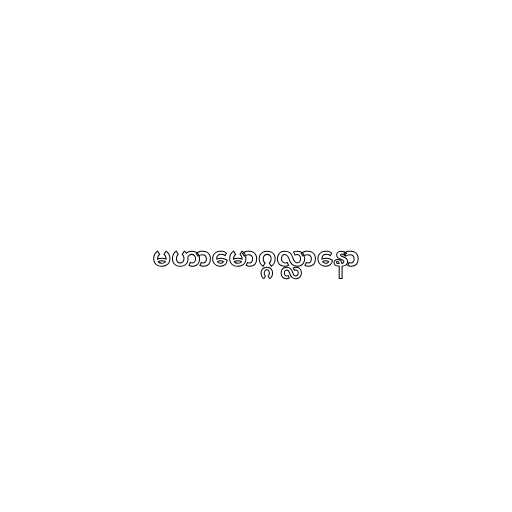
မဟာမောဂ္ဂလ္လာနော